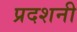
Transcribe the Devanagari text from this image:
प्रदशनी